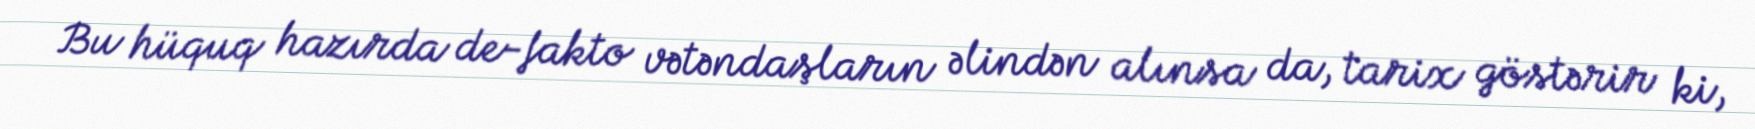
Bu hüquq hazırda de-fakto vətəndaşların əlindən alınsa da, tarix göstərir ki,